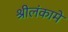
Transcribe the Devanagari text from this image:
श्रीलंकामें